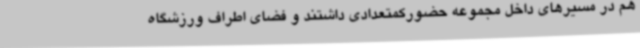
هم در مسیرهای داخل مجموعه حضورکمتعدادی داشتند و فضای اطراف ورزشگاه